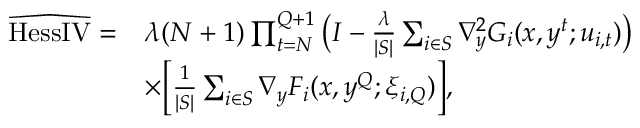
\begin{array} { r l } { \widehat { \mathrm { H e s s I V } } = } & { \lambda ( N + 1 ) \prod _ { t = N } ^ { Q + 1 } \big ( I - \frac { \lambda } { | S | } \sum _ { i \in S } \nabla _ { y } ^ { 2 } G _ { i } ( x , y ^ { t } ; u _ { i , t } ) \big ) } \\ & { \times \bigg [ \frac { 1 } { | S | } \sum _ { i \in S } \nabla _ { y } F _ { i } ( x , y ^ { Q } ; \xi _ { i , Q } ) \bigg ] , } \end{array}